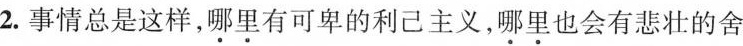
2.事情总是这样，哪里有可卑的利己主义，哪里也会有悲壮的舍